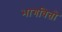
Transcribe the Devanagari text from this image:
भागवितो